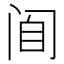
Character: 𰿮